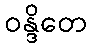
ဝန္ဒိတေ